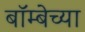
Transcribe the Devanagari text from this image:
बॉम्बेच्या